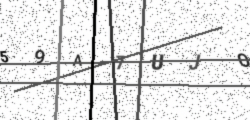
Text: 59A7UJO